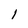
Character: 1